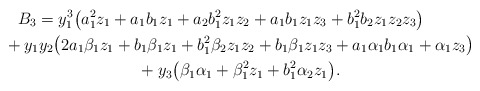
\begin{gather*}B_3=y_1^3\big(a_1^2 z_1+a_1 b_1 z_1+a_2 b_1^2 z_1 z_2+ a_1 b_1 z_1 z_3+b_1^2 b_2 z_1 z_2 z_3\big)\\ \hphantom{B_3=}{} +y_1 y_2\big(2 a_1 \beta_1 z_1+b_1 \beta_1 z_1+b_1^2 \beta_2 z_1 z_2+b_1 \beta_1 z_1 z_3+a_1 \alpha_1 b_1 \alpha_1+\alpha_1 z_3\big) \\ \hphantom{B_3=}{} +y_3\big(\beta_1 \alpha_1+ \beta_1^2 z_1+b_1^2 \alpha_2 z_1\big).\end{gather*}